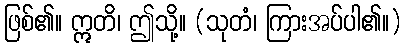
ဖြစ်၏။ ဣတိ၊ ဤသို့။ (သုတံ၊ ကြားအပ်ပါ၏။)